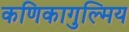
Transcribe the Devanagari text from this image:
कणिकागुल्मिय